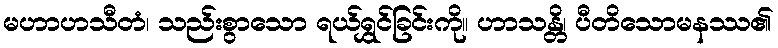
မဟာဟသီတံ၊ သည်းစွာသော ရယ်ရွှင်ခြင်းကို။ ဟာသန္တိ၊ ပီတိသောမနဿ၏